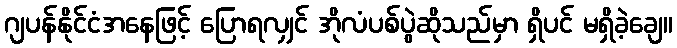
ဂျပန်နိုင်ငံအနေဖြင့် ပြောရလျှင် အိုလံပစ်ပွဲဆိုသည်မှာ ရှိပင် မရှိခဲ့ချေ။